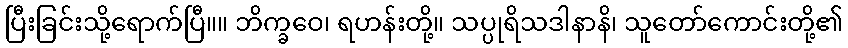
ပြီးခြင်းသို့ရောက်ပြီ။။ ဘိက္ခဝေ၊ ရဟန်းတို့။ သပ္ပုရိသဒါနာနိ၊ သူတော်ကောင်းတို့၏